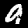
Label: 9